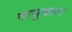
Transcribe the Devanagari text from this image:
वायुवहन